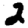
Digit: 2